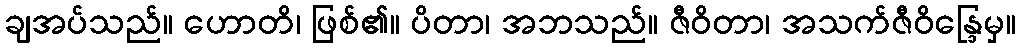
ချအပ်သည်။ ဟောတိ၊ ဖြစ်၏။ ပိတာ၊ အဘသည်။ ဇီဝိတာ၊ အသက်ဇီဝိန္ဒြေမှ။